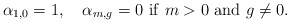
\begin{align*} \alpha_{1,0} = 1, \ \ \ \alpha_{m,g}=0 \ \mathrm{if} \ m>0 \ \mathrm{and} \ g\not=0.\end{align*}